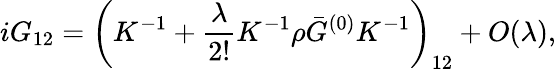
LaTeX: iG_{12}=\left(K^{-1}+\frac{\lambda}{2!}K^{-1}\rho\bar{G}^{(0)}K^{-1}\right)_{12}+O(\lambda),